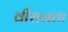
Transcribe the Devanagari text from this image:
वीरानता